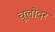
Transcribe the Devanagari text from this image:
चूलोदर